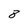
Character: 8